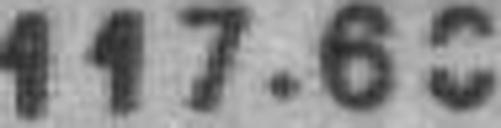
117.60